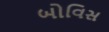
બોવિસ